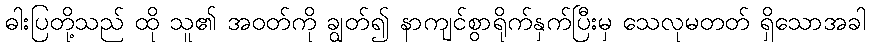
ဓါးပြတို့သည် ထို သူ၏ အဝတ်ကို ချွတ်၍ နာကျင်စွာရိုက်နှက်ပြီးမှ သေလုမတတ် ရှိသောအခါ